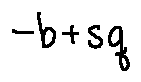
- b + s q